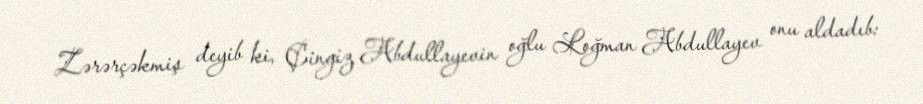
Zərərçəkmiş deyib ki, Çingiz Abdullayevin oğlu Loğman Abdullayev onu aldadıb: